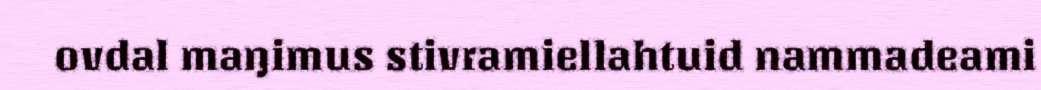
ovdal maŋimus stivramiellahtuid nammadeami